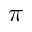
\pi